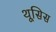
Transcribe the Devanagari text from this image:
थूसिस